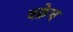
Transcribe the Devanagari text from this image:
चक्रेच